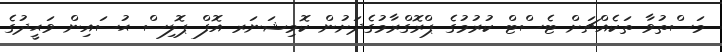
މަސްތުވާ ތަކެއްޗަށް ޓެސްޓް ކުރުމުގެ ޕްރޮގްރާމުގެދަށުން ކޮމިޝަނަރ އޮފް ޕޮލިސް ޙުސައިން ވަޙީދުގެ